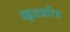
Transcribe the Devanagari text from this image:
प्रह्लादचरित्र